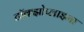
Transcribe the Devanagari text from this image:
टॉक्झोप्लाझ्मा